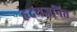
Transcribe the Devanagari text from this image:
हृदयजनित